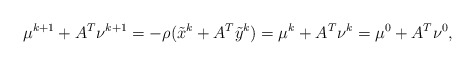
\begin{align*}\mu^{k+1} +A^T \nu^{k+1} = -\rho(\tilde x^{k} + A^T\tilde y^k) = \mu^{k} +A^T \nu^{k} = \mu^0 + A^T\nu^0,\end{align*}